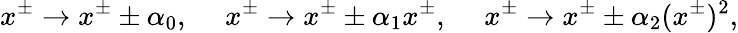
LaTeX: x^{\pm}\rightarrow x^{\pm}\pm\alpha_{0},~~~~~x^{\pm}\rightarrow x^{\pm}\pm\alpha_{1}x^{\pm},~~~~~x^{\pm}\rightarrow x^{\pm}\pm\alpha_{2}(x^{\pm})^{2},